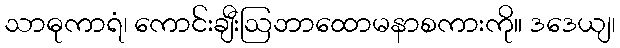
သာဓုကာရံ၊ ကောင်းချီးဩဘာထောမနာစကားကို။ ဒဒေယျ၊